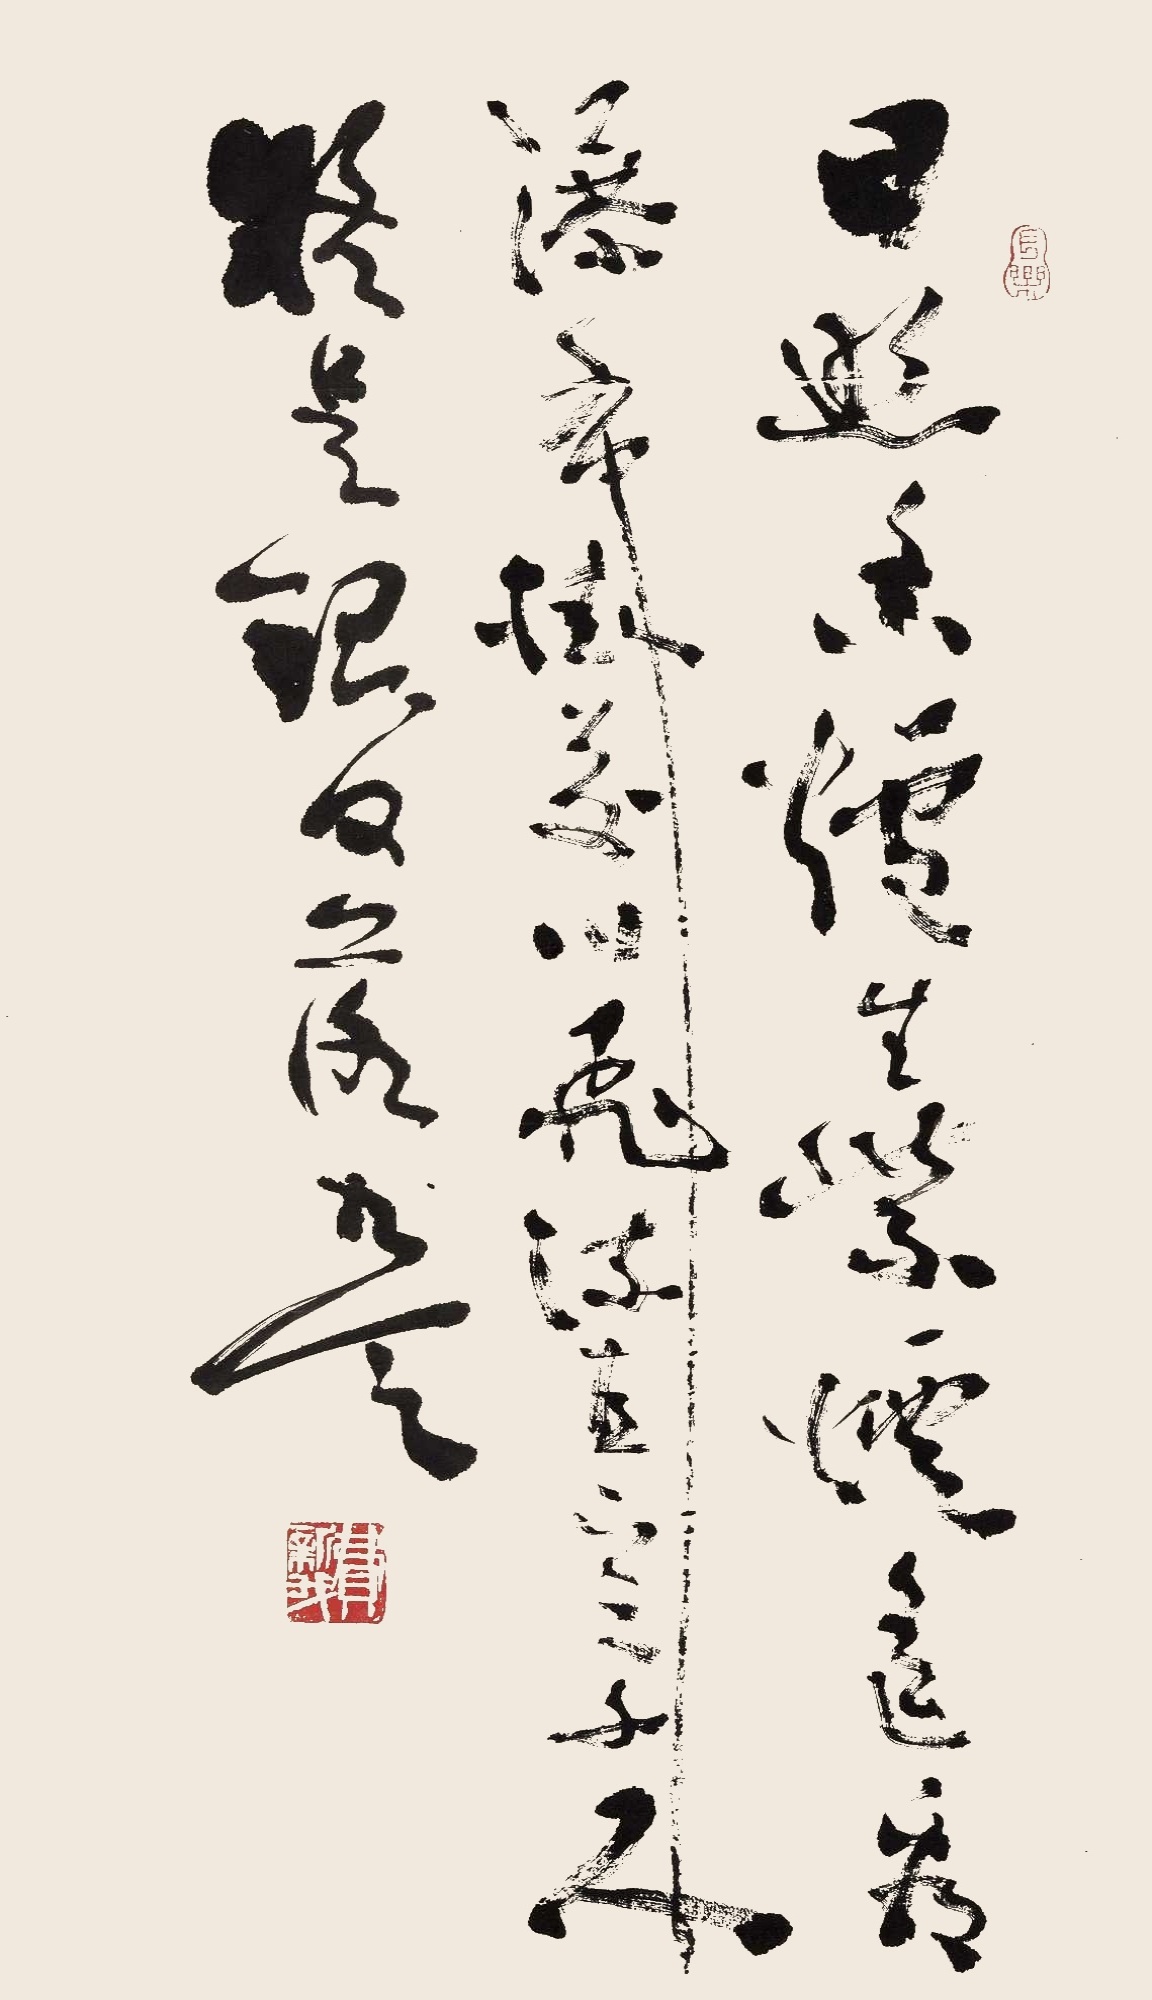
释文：日照香炉生紫烟，遥看瀑布挂前川。飞流直下三千尺，疑是银河落九天。费新我（白）